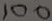
Text: 100